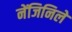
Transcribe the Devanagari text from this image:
नेंजिनिले